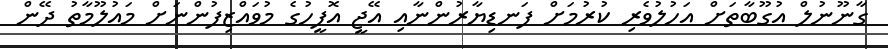
ގާނޫނުލް އުގޫބާތަށް އަހުލުވެރި ކުރުމަށް ފަނޑިޔާރުންނާއި އޭޖީ އޮފީހުގެ މުވައްޒިފުންނަށް މައުލޫމާތު ދޭން